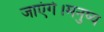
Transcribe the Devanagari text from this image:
जाएंगे।मनुष्य